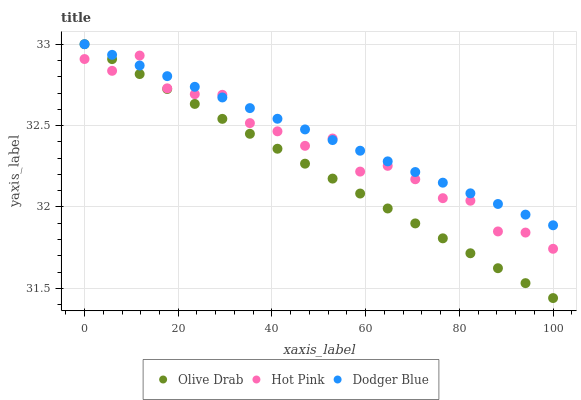
| xaxis_label | Olive Drab | Hot Pink | Dodger Blue |
 | --- | --- | --- | --- |
 | 0 | 33 | 32.9 | 33 |
 | 5.88 | 32.9 | 32.8 | 32.9 |
 | 11.8 | 32.8 | 32.9 | 32.9 |
 | 17.6 | 32.7 | 32.7 | 32.8 |
 | 23.5 | 32.6 | 32.7 | 32.7 |
 | 29.4 | 32.5 | 32.7 | 32.7 |
 | 35.3 | 32.4 | 32.5 | 32.6 |
 | 41.2 | 32.4 | 32.5 | 32.5 |
 | 47.1 | 32.3 | 32.4 | 32.5 |
 | 52.9 | 32.2 | 32.4 | 32.4 |
 | 58.8 | 32.1 | 32.2 | 32.3 |
 | 64.7 | 32 | 32.3 | 32.3 |
 | 70.6 | 31.9 | 32.2 | 32.2 |
 | 76.5 | 31.8 | 32.1 | 32.1 |
 | 82.4 | 31.7 | 32 | 32.1 |
 | 88.2 | 31.6 | 31.8 | 32 |
 | 94.1 | 31.5 | 31.8 | 32 |
 | 100 | 31.4 | 31.7 | 31.9 |